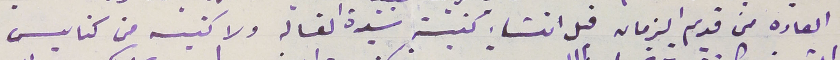
العاده من قديم الزمان قبل انشاء كنيسة سَيدة الغساله ولا كنيسه من كنايس